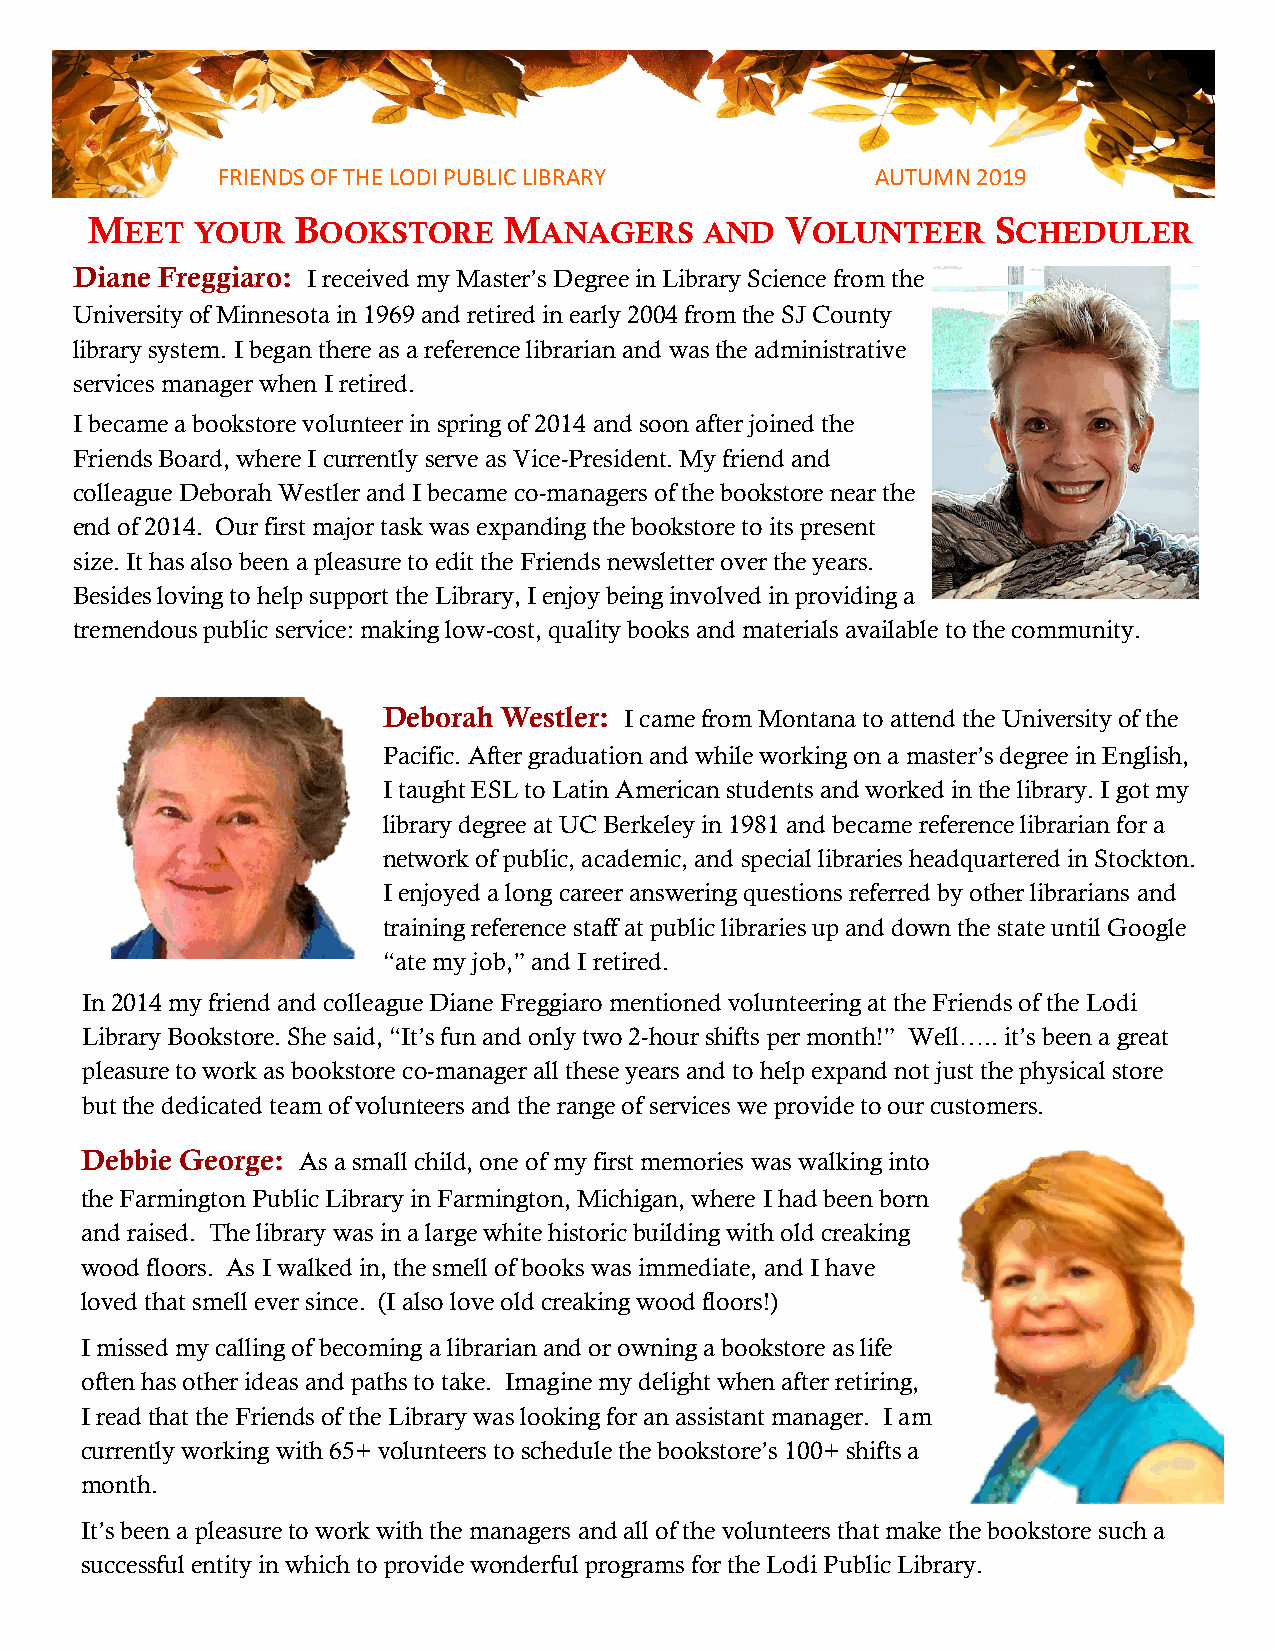
FRIENDS OF THE LODI PUBLIC LIBRARY          AUTUMN 2019
 MEET   YOUR   BOOKSTORE    MANAGERS      AND  VOLUNTEER     SCHEDULER
 Diane Freggiaro: I received my Master’s Degree in Library Science from the
 University of Minnesota in 1969 and retired in early 2004 from the SJ County
 library system. I began there as a reference librarian and was the administrative
 services manager when I retired.
 I became a bookstore volunteer in spring of 2014 and soon after joined the
 Friends Board, where I currently serve as Vice-President. My friend and
 colleague Deborah Westler and I became co-managers of the bookstore near the
 end of 2014. Our first major task was expanding the bookstore to its present
 size. It has also been a pleasure to edit the Friends newsletter over the years.
 Besides loving to help support the Library, I enjoy being involved in providing a
 tremendous public service: making low-cost, quality books and materials available to the community.
 Deborah Westler: I came from Montana to attend the University of the
 Pacific. After graduation and while working on a master’s degree in English,
 I taught ESL to Latin American students and worked in the library. I got my
 library degree at UC Berkeley in 1981 and became reference librarian for a
 network of public, academic, and special libraries headquartered in Stockton.
 I enjoyed a long career answering questions referred by other librarians and
 training reference staff at public libraries up and down the state until Google
 “ate my job,” and I retired.
 In 2014 my friend and colleague Diane Freggiaro mentioned volunteering at the Friends of the Lodi
 Library Bookstore. She said, “It’s fun and only two 2-hour shifts per month!” Well….. it’s been a great
 pleasure to work as bookstore co-manager all these years and to help expand not just the physical store
 but the dedicated team of volunteers and the range of services we provide to our customers.
 Debbie George: As a small child, one of my first memories was walking into
 the Farmington Public Library in Farmington, Michigan, where I had been born
 and raised. The library was in a large white historic building with old creaking
 wood floors. As I walked in, the smell of books was immediate, and I have
 loved that smell ever since. (I also love old creaking wood floors!)
 I missed my calling of becoming a librarian and or owning a bookstore as life
 often has other ideas and paths to take. Imagine my delight when after retiring,
 I read that the Friends of the Library was looking for an assistant manager. I am
 currently working with 65+ volunteers to schedule the bookstore’s 100+ shifts a
 month.
 It’s been a pleasure to work with the managers and all of the volunteers that make the bookstore such a
 successful entity in which to provide wonderful programs for the Lodi Public Library.